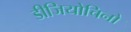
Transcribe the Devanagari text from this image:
डीजियोचिनो